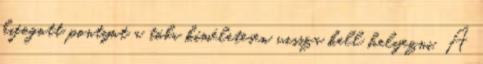
kifogott pontyot a tóba kíméletesen vissza kell helyezni. A